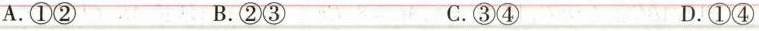
A. ①② B. ②③ C. ③④ D. ①④